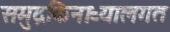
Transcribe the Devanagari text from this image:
समुद्रकिनाऱ्यालगत